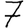
Digit: 7